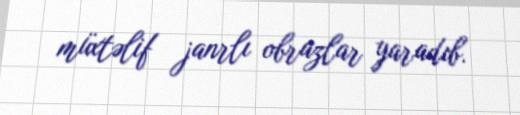
müxtəlif janrlı obrazlar yaradıb.